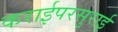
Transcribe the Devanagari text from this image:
कराईपरसुराई